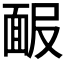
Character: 𩈑